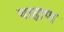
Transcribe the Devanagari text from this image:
वाहाण